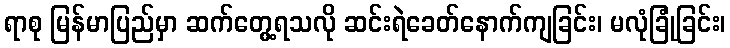
ရာစု မြန်မာပြည်မှာ ဆက်တွေ့ရသလို ဆင်းရဲခေတ်နောက်ကျခြင်း၊ မလုံခြုံခြင်း၊